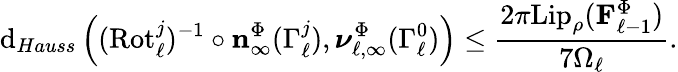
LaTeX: \mathrm{d}_{Hauss}\left((\mathrm{Rot}_{\ell}^{j})^{-1}\circ\mathbf{n}_{\infty}^{\Phi}(\Gamma_{\ell}^{j}),\boldsymbol{\nu}_{\ell,\infty}^{\Phi}(\Gamma_{\ell}^{0})\right)\leq\frac{2\pi\mathrm{Lip}_{\rho}(\mathbf{F}_{\ell-1}^{\Phi})}{7\Omega_{\ell}}.